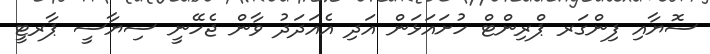
ސޮޔާއި ފިންގަރ ޕްރިންޓް ހުށައަޅަން އަދި އެއަދަދު ވާން ޖެހޭނީ ސިޔާސީ ޕާރޓީ